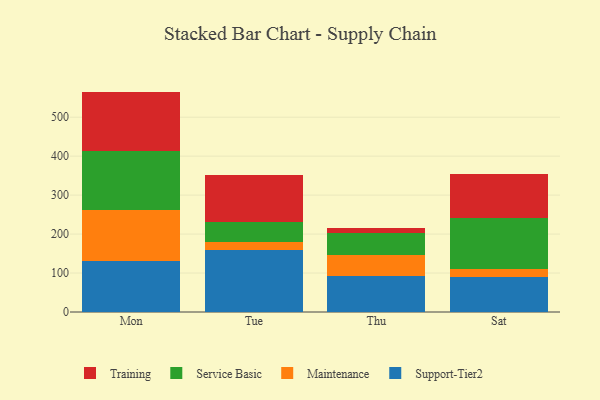
{"axis": {"x": "Day", "y": "Production Output"}, "legend": ["Maintenance", "Service Basic", "Support-Tier2", "Training"], "data": [{"x": "Mon", "y": 131.0, "type": "Support-Tier2"}, {"x": "Mon", "y": 130.9, "type": "Maintenance"}, {"x": "Mon", "y": 151.8, "type": "Service Basic"}, {"x": "Mon", "y": 152.0, "type": "Training"}, {"x": "Tue", "y": 159.3, "type": "Support-Tier2"}, {"x": "Tue", "y": 21.0, "type": "Maintenance"}, {"x": "Tue", "y": 49.5, "type": "Service Basic"}, {"x": "Tue", "y": 121.2, "type": "Training"}, {"x": "Thu", "y": 91.9, "type": "Support-Tier2"}, {"x": "Thu", "y": 53.8, "type": "Maintenance"}, {"x": "Thu", "y": 57.0, "type": "Service Basic"}, {"x": "Thu", "y": 13.4, "type": "Training"}, {"x": "Sat", "y": 88.9, "type": "Support-Tier2"}, {"x": "Sat", "y": 20.8, "type": "Maintenance"}, {"x": "Sat", "y": 132.8, "type": "Service Basic"}, {"x": "Sat", "y": 112.3, "type": "Training"}]}